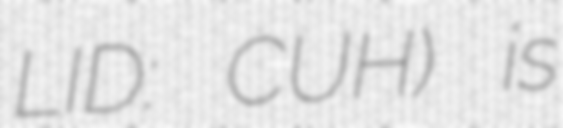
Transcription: LID: CUH) is